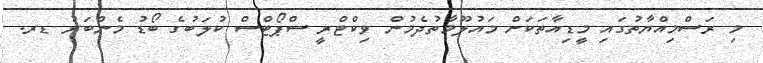
މި ރަސްމިއްޔާތުގައި މީޑިއާތަކަށް މައުލޫމާތުދެމުން ވިކްޓްރީ ސްޕޯޓްސް ކުލަބުގެ ބޯޑު މެންބަރު ޑރ.